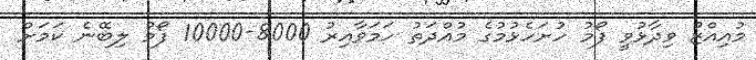
މުއިއްޒު ވިދާޅުވީ ފޯމު ހުށަހެޅުމުގެ މުއްދަތު ހަމަވާއިރު 8000-10000 ފޯމު ލިބޭނެ ކަމަށް